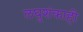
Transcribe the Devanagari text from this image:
लघुशंकाही